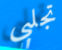
تجلبي